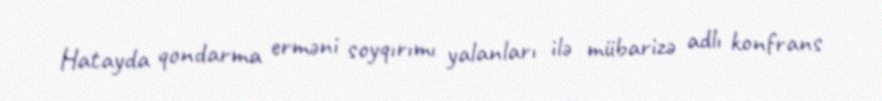
Hatayda qondarma erməni soyqırımı yalanları ilə mübarizə adlı konfrans